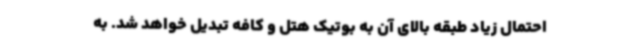
احتمال زیاد طبقه بالای آن به بوتیک هتل و کافه تبدیل خواهد شد. به